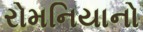
રોમનિયાનો